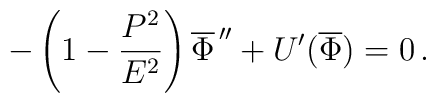
-\left( 1-\frac{P^2}{E^2}\right) \overline{\Phi }^{\,\prime \prime}+U^{\prime }(\overline{\Phi })=0\,.